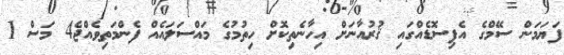
ފަޔަމަން ސޭމްގެ އެޕިސޮޑެއްގައި ޤުރުއާނަށް އިހާނެތިކޮށް ހިތުމުގެ މައްސަލައެއް ފެންމަތިވެއްޖެ4 މަސް 1